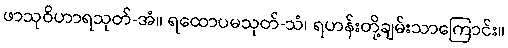
ဖာသုဝိဟာရသုတ်-အံ။ ရထောပမသုတ်-သံ၊ ရဟန်းတို့ချမ်းသာကြောင်း။